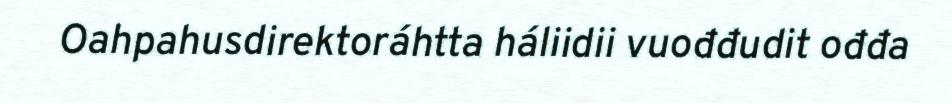
Oahpahusdirektoráhtta háliidii vuođđudit ođđa